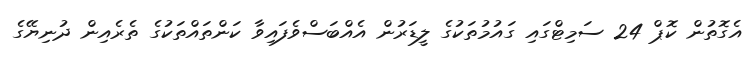
އެގޮތުން ކޮޕް 24 ސަމިޓްގައި ގައުމުތަކުގެ ލީޑަރުން އެއްބަސްވެފައިވާ ކަންތައްތަކުގެ ތެރެއިން ދުނިޔޭގެ